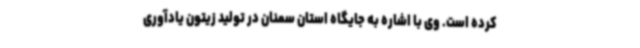
کرده است. وی با اشاره به جایگاه استان سمنان در تولید زیتون یادآوری